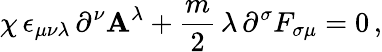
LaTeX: \chi\, \epsilon_{\mu\nu\lambda}\, \partial^{\nu}\mathbf{A}^{\lambda}+\frac{{m}}{{2}}\, \lambda\, \partial^{\sigma}F_{\sigma\mu}=0\, ,